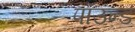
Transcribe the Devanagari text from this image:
पॉउन्ड